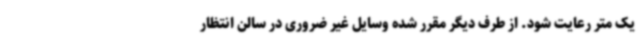
یک متر رعایت شود. از طرف دیگر مقرر شده وسایل غیر ضروری در سالن انتظار